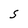
Character: S